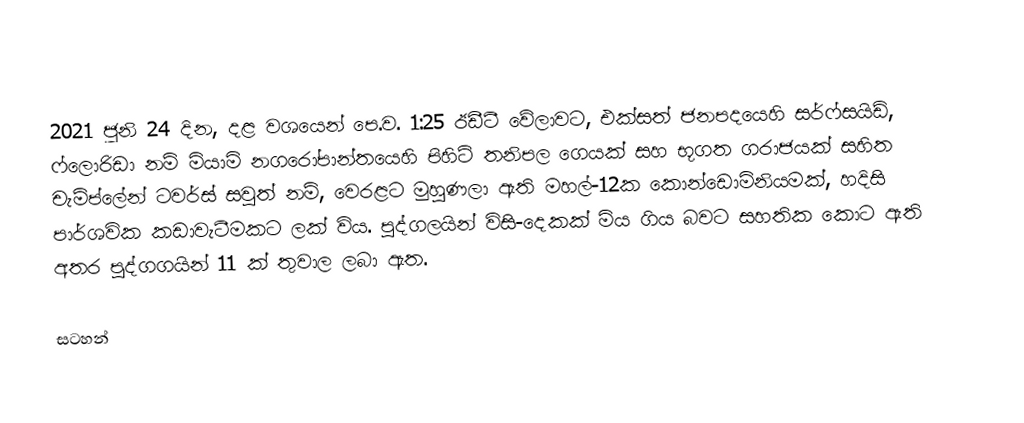
2021 ජූනි 24 දින, දළ වශයෙන් පෙ.ව.  1:25 ඊඩීටී වේලාවට, එක්සත් ජනපදයෙහි සර්ෆ්සයිඩ්, ෆ්ලොරිඩා නම්  මියාමි නගරෝපාන්තයෙහි පිහිටි   තනිපල ගෙයක් සහ භූගත ගරාජයක් සහිත චැම්ප්ලේන් ටවර්ස් සවුත් නම්,  වෙරළට මුහුණලා ඇති මහල්-12ක  කොන්ඩොමිනියමක්, හදිසි පාර්ශවික  කඩාවැටීමකට ලක් විය. පුද්ගලයින් විසි-දෙකක් මිය ගිය බවට සහතික කොට ඇති අතර පුද්ගගයින් 11 ක් තුවාල ලබා ඇත.

සටහන්